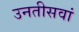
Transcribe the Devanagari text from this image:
उनतीसवां